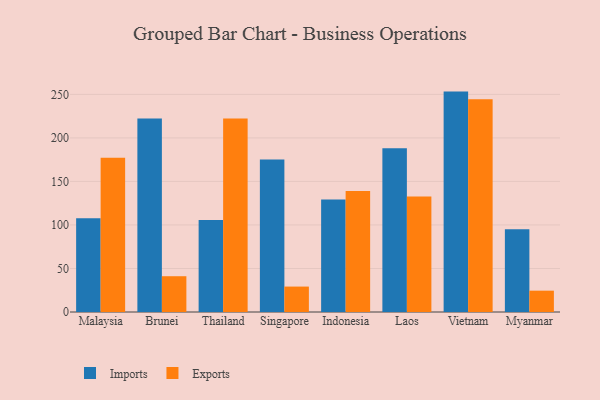
{"axis": {"x": "Country", "y": "Active Users"}, "legend": ["Exports", "Imports"], "data": [{"x": "Malaysia", "y": 107.8, "type": "Imports"}, {"x": "Malaysia", "y": 177.2, "type": "Exports"}, {"x": "Brunei", "y": 222.3, "type": "Imports"}, {"x": "Brunei", "y": 41.1, "type": "Exports"}, {"x": "Thailand", "y": 105.7, "type": "Imports"}, {"x": "Thailand", "y": 222.2, "type": "Exports"}, {"x": "Singapore", "y": 175.2, "type": "Imports"}, {"x": "Singapore", "y": 29.2, "type": "Exports"}, {"x": "Indonesia", "y": 129.2, "type": "Imports"}, {"x": "Indonesia", "y": 139.0, "type": "Exports"}, {"x": "Laos", "y": 188.1, "type": "Imports"}, {"x": "Laos", "y": 132.6, "type": "Exports"}, {"x": "Vietnam", "y": 253.2, "type": "Imports"}, {"x": "Vietnam", "y": 244.4, "type": "Exports"}, {"x": "Myanmar", "y": 95.2, "type": "Imports"}, {"x": "Myanmar", "y": 24.5, "type": "Exports"}]}